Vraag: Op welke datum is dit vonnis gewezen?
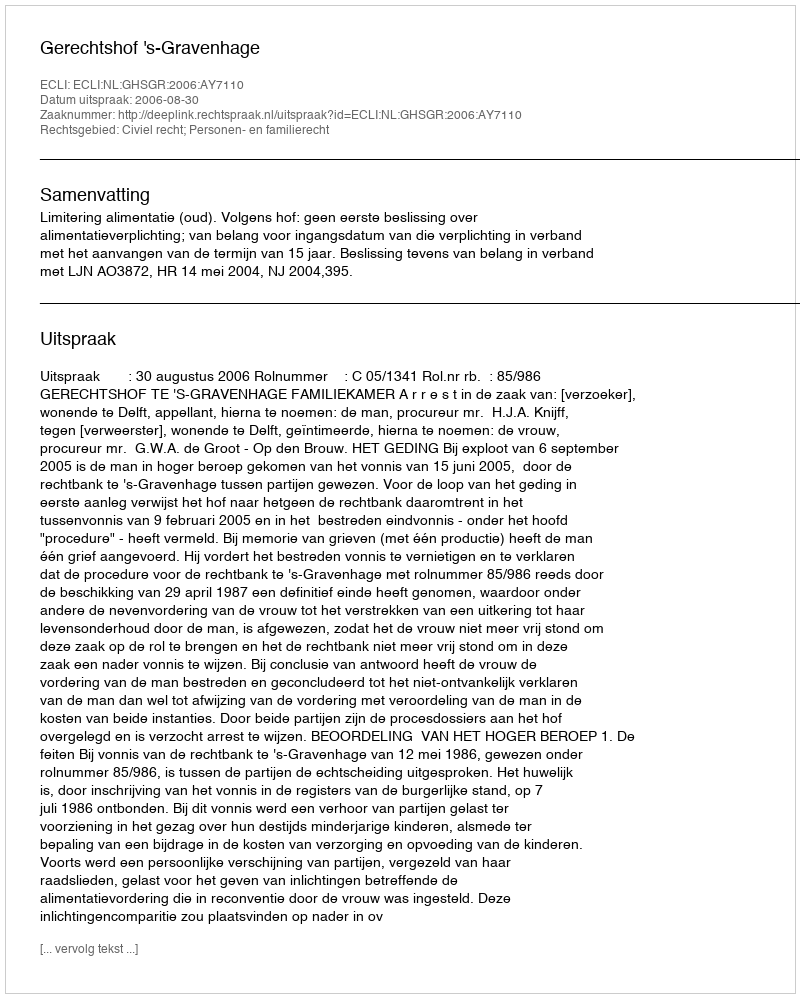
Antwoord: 2006-08-30